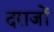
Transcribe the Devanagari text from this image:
दराजों